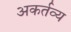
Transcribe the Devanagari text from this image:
अकर्तव्य